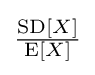
{\tfrac {\operatorname {SD} [X]}{\operatorname {E} [X]}}